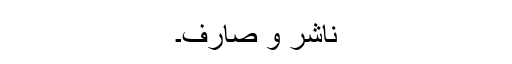
ناشر و صارف۔